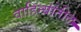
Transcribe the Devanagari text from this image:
वाहिन्यांतील